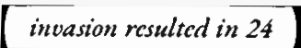
invasion resulted in 24